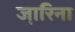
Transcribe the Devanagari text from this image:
जा़रिना